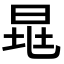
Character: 𣆷